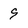
Character: 9